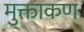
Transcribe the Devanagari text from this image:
मुक्ताकण